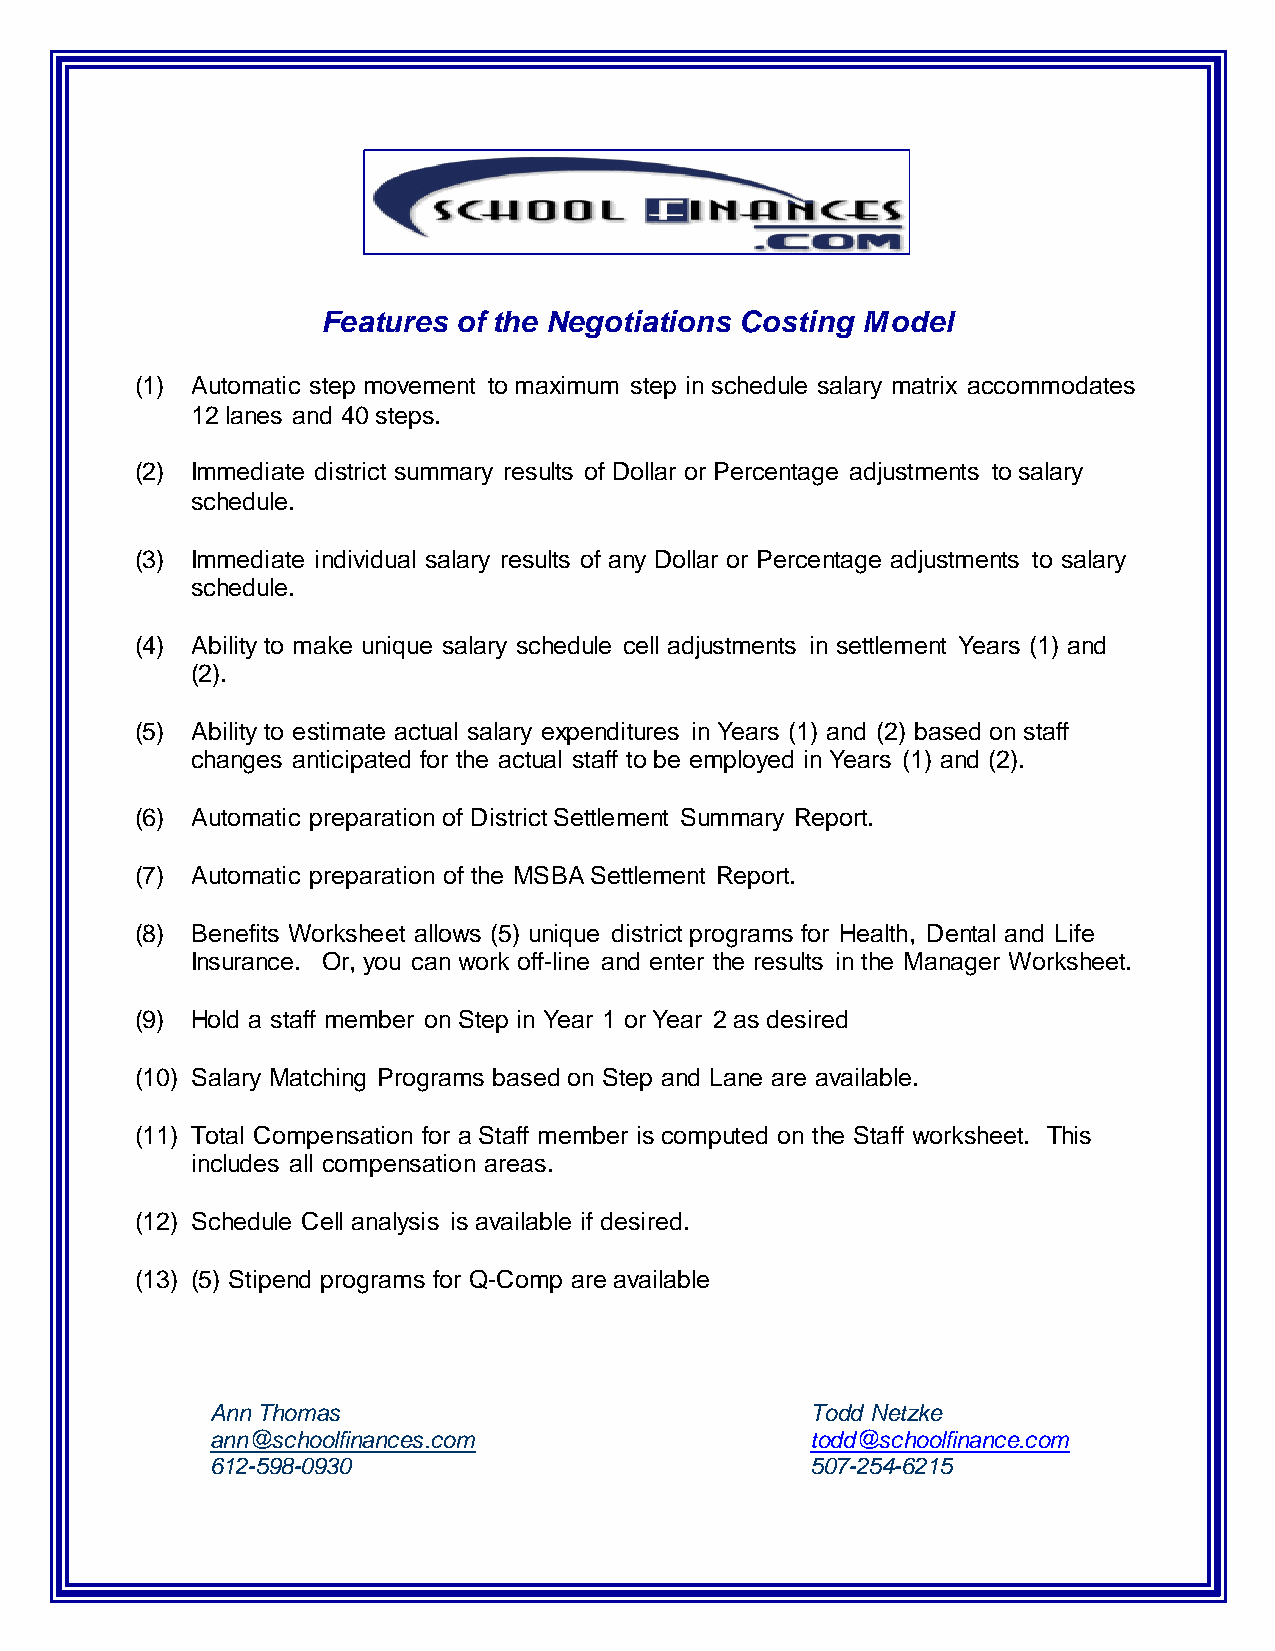
Features of the Negotiations Costing Model
 (1) Automatic step movement to maximum step in schedule salary matrix accommodates
 12 lanes and 40 steps.
 (2) Immediate district summary results of Dollar or Percentage adjustments to salary
 schedule.
 (3) Immediate individual salary results of any Dollar or Percentage adjustments to salary
 schedule.
 (4) Ability to make unique salary schedule cell adjustments in settlement Years (1) and
 (2).
 (5) Ability to estimate actual salary expenditures in Years (1) and (2) based on staff
 changes anticipated for the actual staff to be employed in Years (1) and (2).
 (6) Automatic preparation of District Settlement Summary Report.
 (7) Automatic preparation of the MSBA Settlement Report.
 (8) Benefits Worksheet allows (5) unique district programs for Health, Dental and Life
 Insurance. Or, you can work off-line and enter the results in the Manager Worksheet.
 (9) Hold a staff member on Step in Year 1 or Year 2 as desired
 (10) Salary Matching Programs based on Step and Lane are available.
 (11) Total Compensation for a Staff member is computed on the Staff worksheet. This
 includes all compensation areas.
 (12) Schedule Cell analysis is available if desired.
 (13) (5) Stipend programs for Q-Comp are available
 Ann Thomas                              Todd Netzke
 ann@schoolfinances.com                  todd@schoolfinance.com
 612-598-0930                            507-254-6215